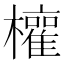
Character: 𭬳